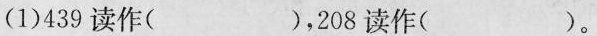
(1)439读作( )，208读作( )。